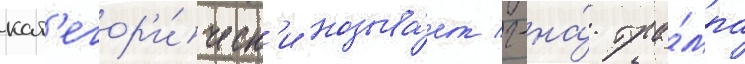
кат'егор'и́ческ'и называ́ет г-на́ тра́мпа